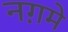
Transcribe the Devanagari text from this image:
नग़मे